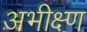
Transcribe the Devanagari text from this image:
अभीक्ष्ण